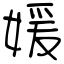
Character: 媛